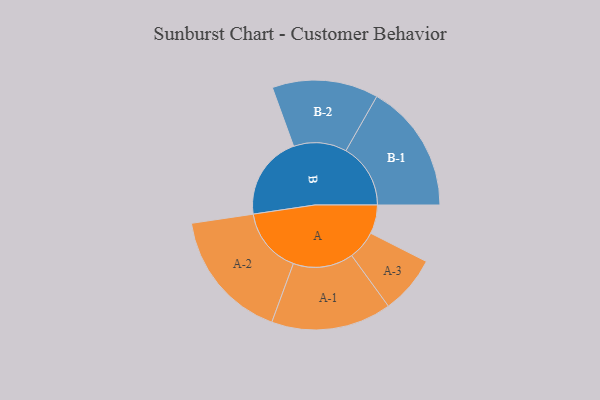
{"axis": {"x": "Segment", "y": "Value"}, "legend": ["", "A", "B"], "data": [{"x": "A", "y": 110, "type": ""}, {"x": "B", "y": 321, "type": ""}, {"x": "A-1", "y": 230, "type": "A"}, {"x": "A-2", "y": 251, "type": "A"}, {"x": "A-3", "y": 111, "type": "A"}, {"x": "B-1", "y": 247, "type": "B"}, {"x": "B-2", "y": 203, "type": "B"}]}